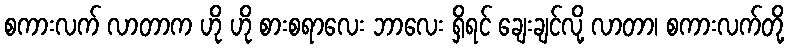
စကားလက် လာတာက ဟို ဟို စားစရာလေး ဘာလေး ရှိရင် ချေးချင်လို့ လာတာ၊ စကားလက်တို့